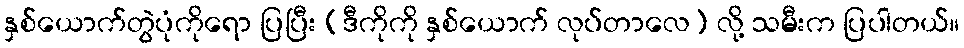
နှစ်ယောက်တွဲပုံကိုရော ပြပြီး (ဒီကိုကို နှစ်ယောက် လုပ်တာလေ) လို့ သမီးက ပြပါတယ်။